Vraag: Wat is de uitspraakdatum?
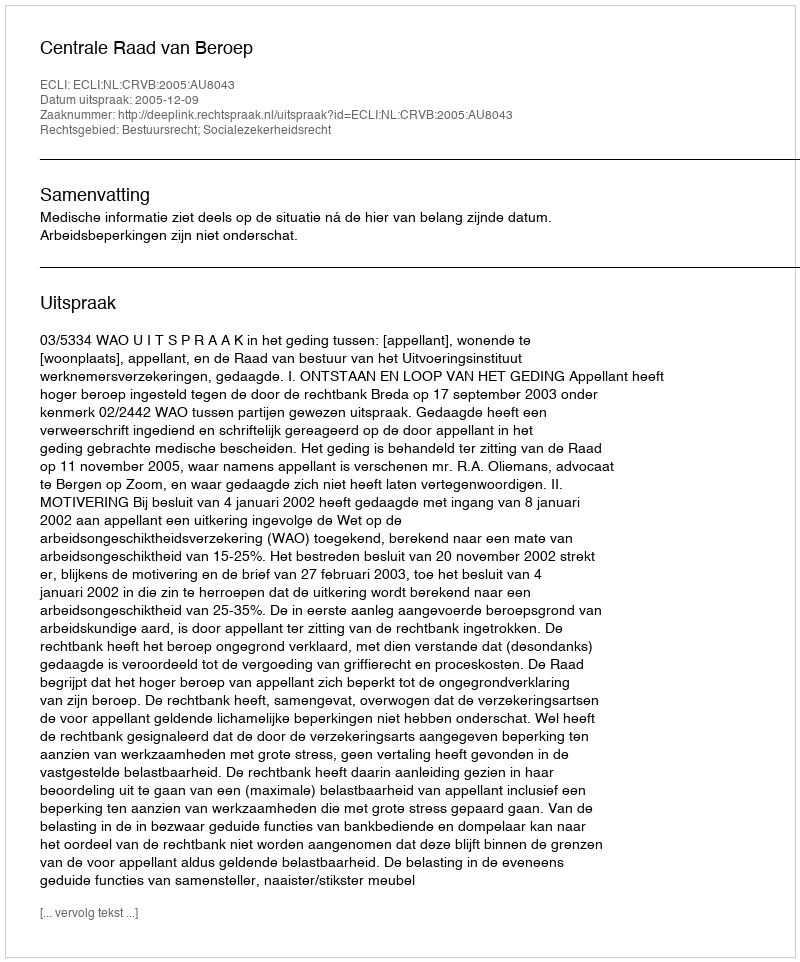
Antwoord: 2005-12-09